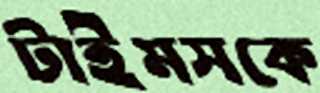
টাইমসকে